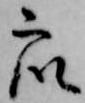
衆